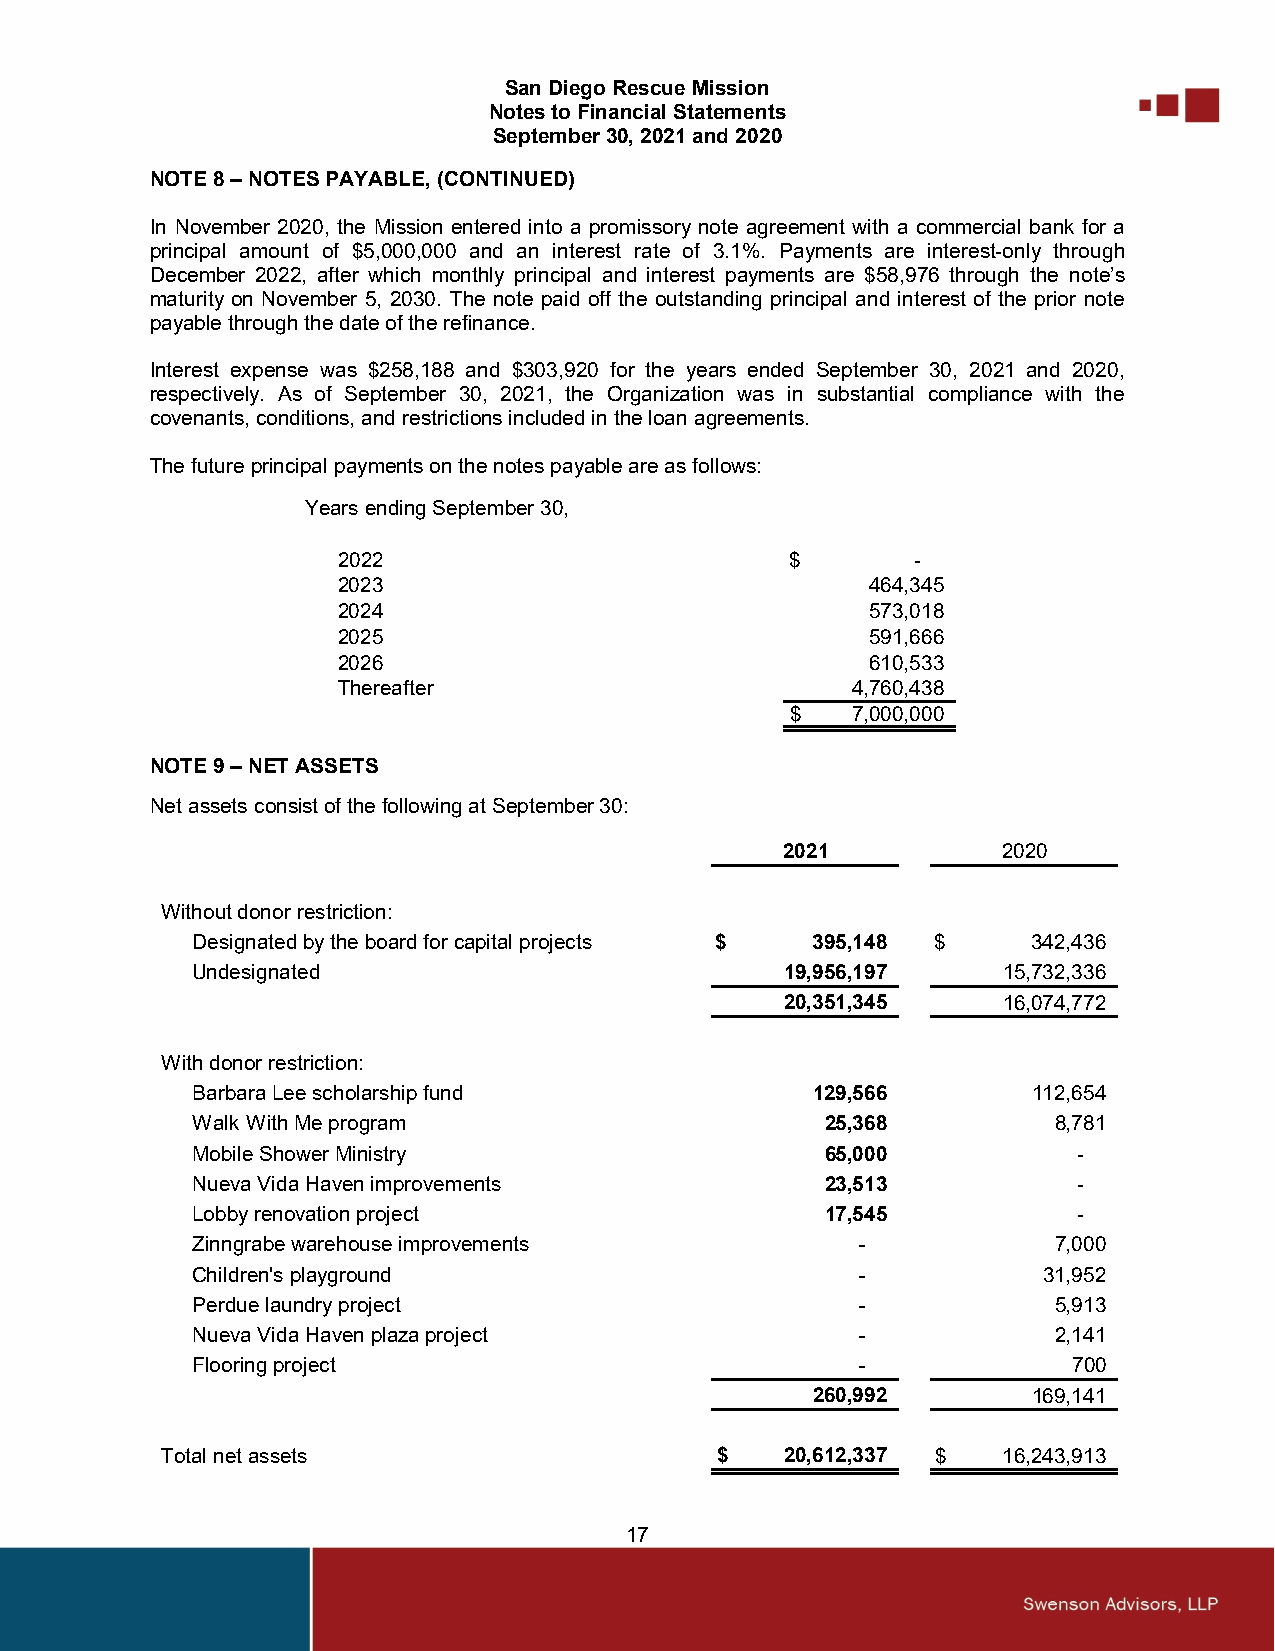
San Diego Rescue Mission
 Notes to Financial Statements
 September 30, 2021 and 2020
 NOTE 8 – NOTES PAYABLE, (CONTINUED)
 In November 2020, the Mission entered into a promissory note agreement with a commercial bank for a
 principal amount of $5,000,000 and an interest rate of 3.1%. Payments are interest-only through
 December 2022, after which monthly principal and interest payments are $58,976 through the note’s
 maturity on November 5, 2030. The note paid off the outstanding principal and interest of the prior note
 payable through the date of the refinance.
 Interest expense was $258,188 and $303,920 for the years ended September 30, 2021 and 2020,
 respectively. As of September 30, 2021, the Organization was in substantial compliance with the
 covenants, conditions, and restrictions included in the loan agreements.
 The future principal payments on the notes payable are as follows:
 Years ending September 30,
 2022                          $        -
 2023                                464,345
 2024                                573,018
 2025                                591,666
 2026                                610,533
 Thereafter                        4,760,438
 $   7,000,000
 NOTE 9 – NET ASSETS
 Net assets consist of the following at September 30:
 2021          2020
 Without donor restriction:
 Designated by the board for capital projects $ 395,148 $ 342,436
 Undesignated                           19,956,197    15,732,336
 20,351,345    16,074,772
 With donor restriction:
 Barbara Lee scholarship fund             129,566       112,654
 Walk With Me program                      25,368         8,781
 Mobile Shower Ministry                    65,000          -
 Nueva Vida Haven improvements             23,513          -
 Lobby renovation project                  17,545          -
 Zinngrabe warehouse improvements            -            7,000
 Children's playground                       -           31,952
 Perdue laundry project                      -            5,913
 Nueva Vida Haven plaza project              -            2,141
 Flooring project                            -             700
 260,992       169,141
 Total net assets                    $    20,612,337 $  16,243,913
 17